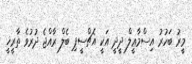
މީރު ބަހުރު އިސްމާޢީލް ދީދީ އަކީ އެޗްސީޕި ބެލް ރާއްޖެ ދުރުވެ ތާރީޚީ